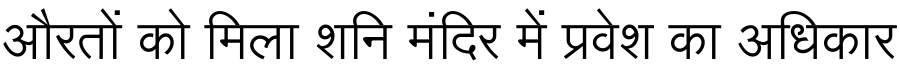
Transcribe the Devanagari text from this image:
औरतों को मिला शनि मंदिर में प्रवेश का अधिकार